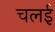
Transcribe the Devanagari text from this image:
चलई